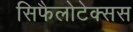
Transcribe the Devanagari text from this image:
सिफैलोटेक्सस